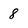
Character: 8